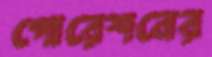
পোরেশনের